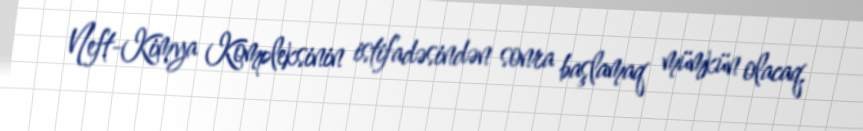
Neft-Kimya Kompleksinin istifadəsindən sonra başlamaq mümkün olacaq.